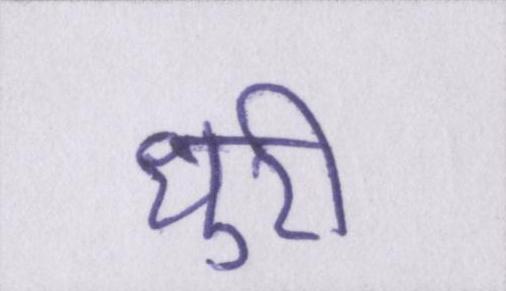
धुरी